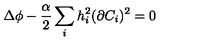
\Delta \phi - \frac { \alpha } { 2 } \sum _ { i } h _ { i } ^ { 2 } ( \partial C _ { i } ) ^ { 2 } = 0